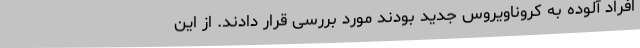
افراد آلوده به کروناویروس جدید بودند مورد بررسی قرار دادند. از این